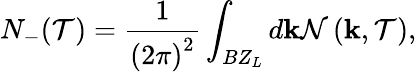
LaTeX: N_{-}(\mathcal{T})=\frac{{1}}{{\left(2\pi\right)^{2}}}\int_{BZ_{L}}d\mathbf{{k}}\mathcal{{N}}\left(\mathbf{{k}},\mathcal{T}\right),